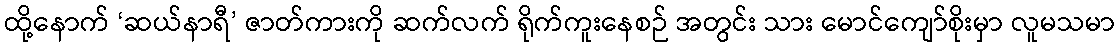
ထို့နောက် ‘ဆယ်နာရီ’ ဇာတ်ကားကို ဆက်လက် ရိုက်ကူးနေစဉ် အတွင်း သား မောင်ကျော်စိုးမှာ လူမသမာ